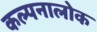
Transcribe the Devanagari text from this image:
कल्पनालोक